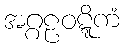
အဂ္ဂဠဝဋ္ဋိကံ